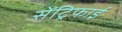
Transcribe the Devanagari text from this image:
सेंट्रिफाई